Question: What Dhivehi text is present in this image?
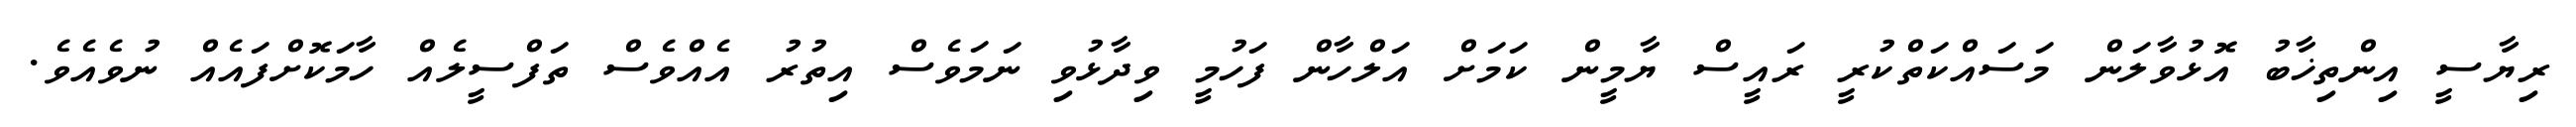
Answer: ރިޔާސީ އިންތިޚާބު އޮޅުވާލަން މަސައްކަތްކުރީ ރައީސް ޔާމީން ކަމަށް އަލްހާން ފަހުމީ ވިދާޅުވި ނަމަވެސް އިތުރު އެއްވެސް ތަފްސީލެއް ހާމަކޮށްފައެއް ނުވެއެވެ.